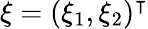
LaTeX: \xi=(\xi_{1},\xi_{2})^{\intercal}